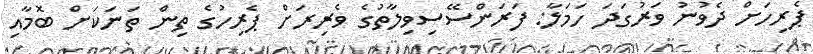
ޕެރިހަށް ދެވުނު ވަރުގަދަ ހަމަލާ: ފަރަންސޭސިވިލާތުގެ ވެރިރަށް ޕެރިހުގެ ތިން ތަނަކަށް ބޮމާއި